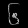
Digit: ၆